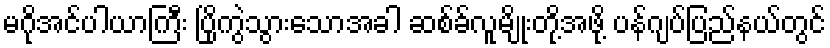
မဂိုအင်ပါယာကြီး ပြိုကွဲသွားသောအခါ ဆစ်ခ်လူမျိုးတို့အဖို့ ပန်ဂျပ်ပြည်နယ်တွင်